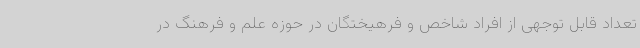
تعداد قابل توجهی از افراد شاخص و فرهیختگان در حوزه علم و فرهنگ در